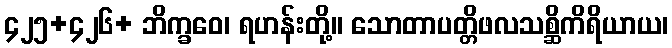
၄၂၅+၄၂၆+ ဘိက္ခဝေ၊ ရဟန်းတို့။ သောတာပတ္တိဖလသစ္ဆိကိရိယာယ၊